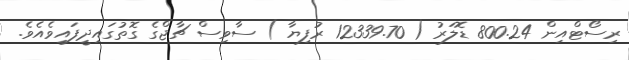
ރިސޯޓްއިން 800.24 ޑޮލަރު ( 12339.70 ރުފިޔާ ) ސާވިސް ޗާޖްގެ ގޮތުގައިދީފައިވެއެވެ.